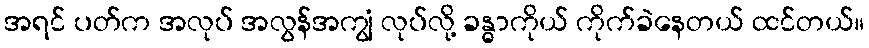
အရင် ပတ်က အလုပ် အလွန်အကျွံ လုပ်လို့ ခန္ဓာကိုယ် ကိုက်ခဲနေတယ် ထင်တယ်။